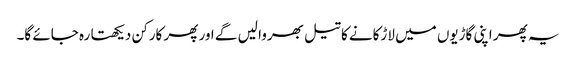
یہ پھر اپنی گاڑیوں میں لاڑکانے کا تیل بھروا لیں گے اور پھر کارکن دیکھتا رہ جائے گا۔